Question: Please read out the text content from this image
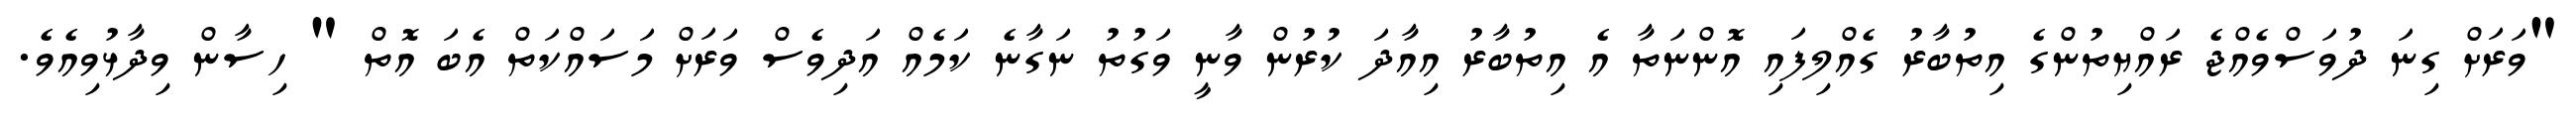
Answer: "ވަރަށް ގިނަ ދުވަސްވެއްޖެ ރައްޔިތުންގެ އިތުބާރު ގެއްލިފައި އޮންނަތާ އެ އިތުބާރު އިއާދަ ކުރުން ވާނީ ވަގުތު ނަގާނެ ކަމެއް އަދިވެސް ވަރަށް މަސައްކަތް އެބަ އޮތް " ހިސާން ވިދާޅުވިއެވެ.